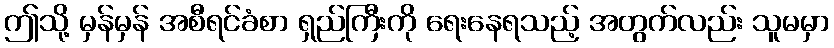
ဤသို့ မှန်မှန် အစီရင်ခံစာ ရှည်ကြီးကို ရေးနေရသည့် အတွက်လည်း သူမမှာ